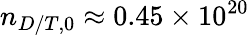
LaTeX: n_{D/T,0}\approx 0.45\times 10^{20}